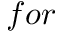
f o r